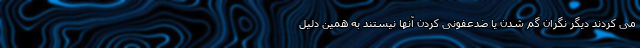
می کردند دیگر نگران گم شدن یا ضدعفونی کردن آنها نیستند به همین دلیل